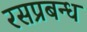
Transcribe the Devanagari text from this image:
रसप्रबन्ध